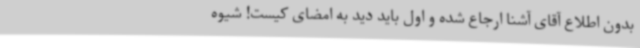
بدون اطلاع آقای آشنا ارجاع شده و اول باید دید به امضای کیست! شیوه